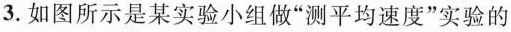
3.如图所示是某实验小组做”测平均速度”实验的